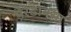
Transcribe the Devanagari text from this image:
पैरेडाक्सा